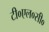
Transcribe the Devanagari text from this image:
टी०एल०सी०